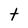
Character: t